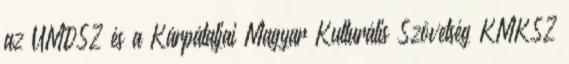
az UMDSZ és a Kárpátaljai Magyar Kulturális Szövetség KMKSZ